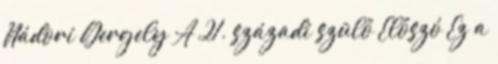
Nádori Gergely A 21. századi szülő Előszó Ez a